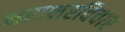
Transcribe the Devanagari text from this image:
क्षराक्षरविचार